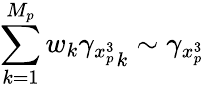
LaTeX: \sum_{k=1}^{M_{p}}w_{k}{\gamma_{x_{p}^{3}}}_{k}\sim\gamma_{x_{p}^{3}}